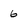
Character: 6